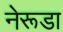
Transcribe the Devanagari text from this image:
नेरूडा